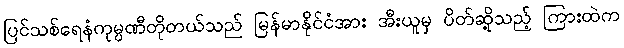
ပြင်သစ်ရေနံကုမ္ပဏီတိုတယ်သည် မြန်မာနိုင်ငံအား အီးယူမှ ပိတ်ဆို့သည့် ကြားထဲက